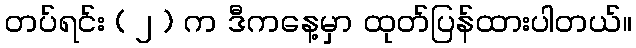
တပ်ရင်း ( ၂ ) က ဒီကနေ့မှာ ထုတ်ပြန်ထားပါတယ်။